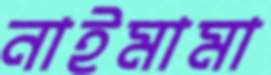
নাইমামা